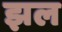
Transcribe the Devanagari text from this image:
झल